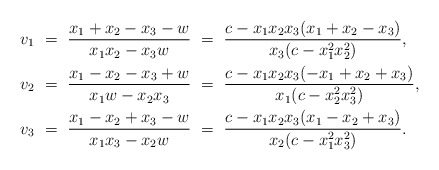
\begin{align*}v_1\ &=\ \frac{x_1+x_2-x_3-w}{x_1x_2-x_3w}\ =\ \frac{c-x_1x_2x_3(x_1+x_2-x_3)}{x_3(c-x_1^2x_2^2)},\\v_2\ &=\ \frac{x_1-x_2-x_3+w}{x_1w-x_2x_3}\ =\ \frac{c-x_1x_2x_3(-x_1+x_2+x_3)}{x_1(c-x_2^2x_3^2)},\\v_3\ &=\ \frac{x_1-x_2+x_3-w}{x_1x_3-x_2w}\ =\ \frac{c-x_1x_2x_3(x_1-x_2+x_3)}{x_2(c-x_1^2x_3^2)}.\end{align*}